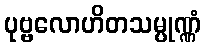
ပုဗ္ဗလောဟိတသမ္ပုဏ္ဏံ